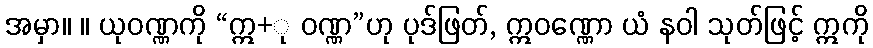
အမှာ။ ။ ယုဝဏ္ဏကို “ဣ+ု ဝဏ္ဏ”ဟု ပုဒ်ဖြတ်, ဣဝဏ္ဏော ယံ နဝါ သုတ်ဖြင့် ဣကို